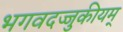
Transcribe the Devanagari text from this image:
भगवदज्जुकीयम्‌